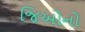
જિઓનો